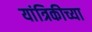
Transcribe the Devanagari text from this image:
यांत्रिकीच्या